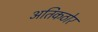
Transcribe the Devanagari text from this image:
अतिकठोर